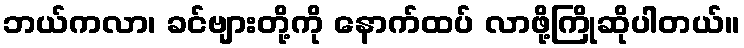
ဘယ်ကလာ၊ ခင်ဗျားတို့ကို နောက်ထပ် လာဖို့ကြိုဆိုပါတယ်။